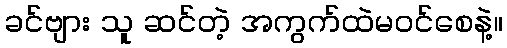
ခင်ဗျား သူ ဆင်တဲ့ အကွက်ထဲမဝင်စေနဲ့။